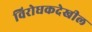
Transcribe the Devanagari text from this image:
विरोधकदेखील